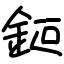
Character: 鉕